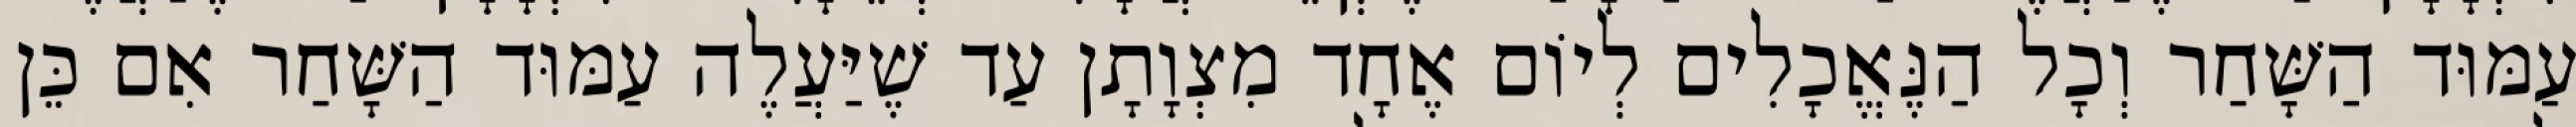
עַמּוּד הַשָּׁחַר וְכָל הַנֶּאֱכָלִים לְיוֹם אֶחָד מִצְוָתָן עַד שֶׁיַּעֲלֶה עַמּוּד הַשָּׁחַר אִם כֵּן